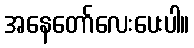
အနေတော်လေးပေးပါ။